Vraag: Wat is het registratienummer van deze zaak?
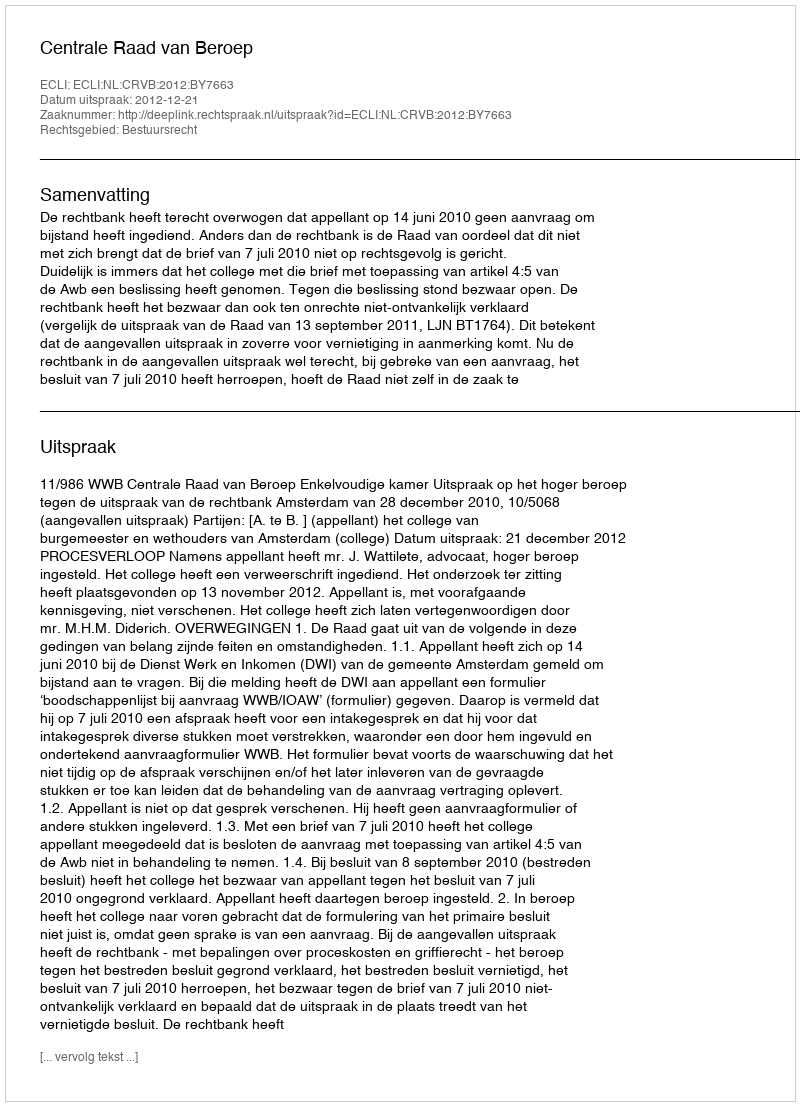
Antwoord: http://deeplink.rechtspraak.nl/uitspraak?id=ECLI:NL:CRVB:2012:BY7663